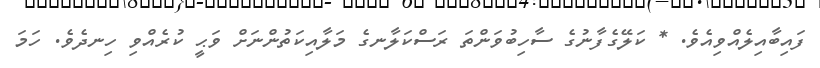
ފައިބާއިލެއްވިއެވެ. * ކަލޭގެފާނުގެ ސާހިބުވަންތަ ރަސްކަލާނގެ މަލާއިކަތުންނަށް ވަޙީ ކުރެއްވި ހިނދެވެ. ހަމަ